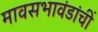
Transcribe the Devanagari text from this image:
मावसभावंडांचीं